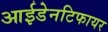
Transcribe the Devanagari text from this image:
आईडेनटिफायर